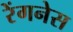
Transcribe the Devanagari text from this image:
रेंगनेस